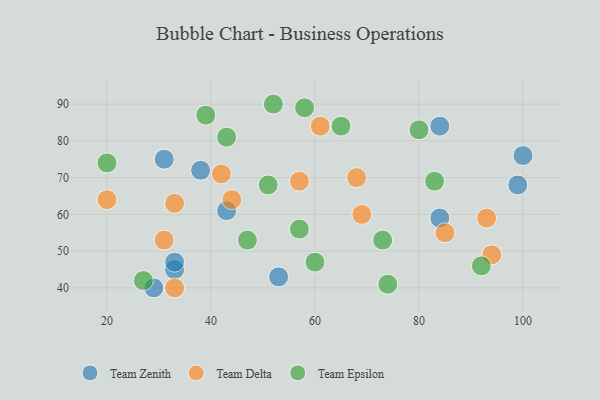
{"axis": {"x": "GDP", "y": "Life Expectancy"}, "legend": ["Team Delta", "Team Epsilon", "Team Zenith"], "data": [{"x": "38", "y": 72, "type": "Team Zenith"}, {"x": "99", "y": 68, "type": "Team Zenith"}, {"x": "53", "y": 43, "type": "Team Zenith"}, {"x": "33", "y": 45, "type": "Team Zenith"}, {"x": "31", "y": 75, "type": "Team Zenith"}, {"x": "33", "y": 47, "type": "Team Zenith"}, {"x": "100", "y": 76, "type": "Team Zenith"}, {"x": "84", "y": 84, "type": "Team Zenith"}, {"x": "84", "y": 59, "type": "Team Zenith"}, {"x": "43", "y": 61, "type": "Team Zenith"}, {"x": "29", "y": 40, "type": "Team Zenith"}, {"x": "94", "y": 49, "type": "Team Delta"}, {"x": "33", "y": 40, "type": "Team Delta"}, {"x": "85", "y": 55, "type": "Team Delta"}, {"x": "68", "y": 70, "type": "Team Delta"}, {"x": "33", "y": 63, "type": "Team Delta"}, {"x": "42", "y": 71, "type": "Team Delta"}, {"x": "69", "y": 60, "type": "Team Delta"}, {"x": "44", "y": 64, "type": "Team Delta"}, {"x": "31", "y": 53, "type": "Team Delta"}, {"x": "61", "y": 84, "type": "Team Delta"}, {"x": "57", "y": 69, "type": "Team Delta"}, {"x": "20", "y": 64, "type": "Team Delta"}, {"x": "93", "y": 59, "type": "Team Delta"}, {"x": "20", "y": 74, "type": "Team Epsilon"}, {"x": "92", "y": 46, "type": "Team Epsilon"}, {"x": "73", "y": 53, "type": "Team Epsilon"}, {"x": "65", "y": 84, "type": "Team Epsilon"}, {"x": "80", "y": 83, "type": "Team Epsilon"}, {"x": "60", "y": 47, "type": "Team Epsilon"}, {"x": "51", "y": 68, "type": "Team Epsilon"}, {"x": "47", "y": 53, "type": "Team Epsilon"}, {"x": "83", "y": 69, "type": "Team Epsilon"}, {"x": "52", "y": 90, "type": "Team Epsilon"}, {"x": "27", "y": 42, "type": "Team Epsilon"}, {"x": "58", "y": 89, "type": "Team Epsilon"}, {"x": "43", "y": 81, "type": "Team Epsilon"}, {"x": "39", "y": 87, "type": "Team Epsilon"}, {"x": "57", "y": 56, "type": "Team Epsilon"}, {"x": "74", "y": 41, "type": "Team Epsilon"}]}